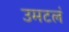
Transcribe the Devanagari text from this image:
उमटलं